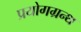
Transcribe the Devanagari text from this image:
प्रयोगग्रन्थ